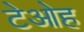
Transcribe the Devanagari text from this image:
टेओह